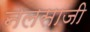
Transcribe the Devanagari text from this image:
नलसाजी